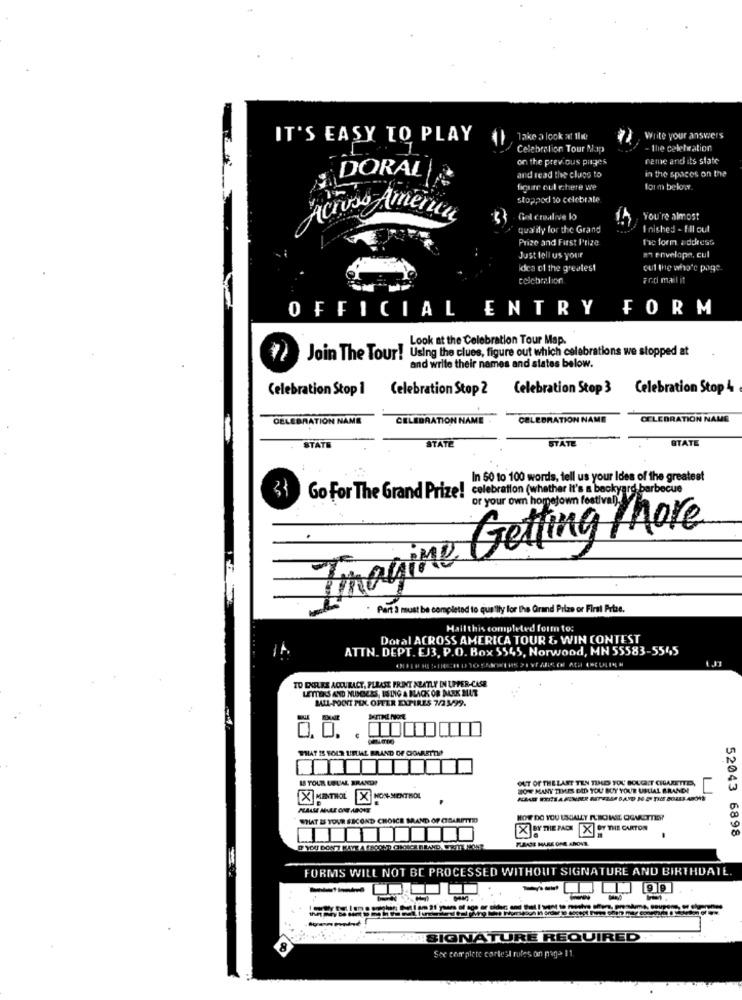
IT'S EASY TO PLAY
Take a look at the
Write your answers
Celebration Tour Map
the celebration
on the previous prages
name and its slate
DORAL
in the spaces on the
and read the clues to
fiquee cul c.here we
form below
stoppod to celebrate
Across America
& Gal erealive bo
You're almost
quality for the Grand
I nished - Hill cul
Prize and First Prize
te form address
Just tell us your
a envelope, cul
idea of the greatest
out the who"c page.
Frici mail it
OFFICIAL ENTRY FORM
Look at the Celebration Tour Map.
Join The Tour! Using the clues, figure out which celebrations we stopped at
and write their names and slates below.
Celebration Stop 1
Celebration Stop 2
Celebration Stop 3 Celebration Stop 4
CELEBRATION NAME
CELEBRATION NAME
CELEBRATION NAME
CELEBRATION NAME
STATE
STATE
STATE
STATE
In 50 to 100 words, tell us your Ides of the greatest
3
Go For The Grand Prize! celebration (whether It's a backyard barbecue
or your own hometown festivali.
Imagine Getting More
* Part à must be completed to qualify for the Grand Prize or Firal Prtse.
Hail this completed form to:
Doral ACROSS AMERICA TOUR &, WIN CONTEST
ATTN. DEPT. EJ3, P.O. Box 5545, Norwood, MN 55583-5545
TO ENUFLES ACCURACY, PLEASE PRINT ALATLY IN UPPER-CASE
LETTERS AND MUGGERS, ISING & BLACK OR DARK BLUT
MALL-POCIT PEK OFFER EXPIRES 7/25/99.
IS YOUR USUAL BRAND?
OUT OF THELAST TEN TIED YOU BOUGHT CIGARETTE,
HOW MANY TIMES DID YOU BUY YOUR USLIAL BRAND!
X MENTHOL X NON- MENTHOL
STIAT & TOUR SECOND CHOICE MAND OF CSARETTO
HOW DO YOU USUALLY RUBOWSE OGARETTIR?
[X]PY THIE PACK X] OF THE CARTON
FURASE MARE ONE ABOVE
52043 6898
FORMS WILL NOT BE PROCESSED WITHOUT SIGNATURE AND BIRTHDATE.
-
SIGNATURE REQUIRED
.8
See complete cortest rules on page 11.